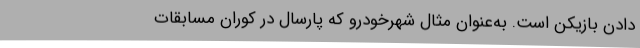
دادن بازیکن است. به‌عنوان مثال شهرخودرو که پارسال در کوران مسابقات